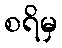
စရိမှ